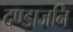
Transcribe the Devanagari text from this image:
दण्डाजनि